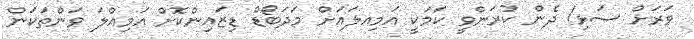
ވަރަށް ސަޅި! ދެން ކުރަންވީ ކަމަކީ އަމިއލައަށް މަދަބޯޑް ޑިޒައިންކޮށް އަމިއްލަ ވަންތަކަން